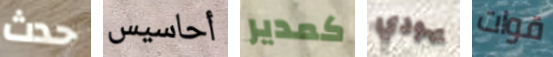
حدث أحاسيس كمدير يهودي قوات